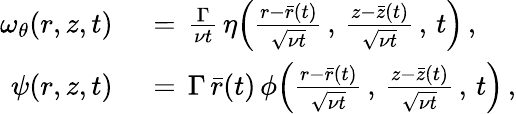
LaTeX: \begin{array}{rl}{\omega_{\theta}(r,z,t)\, }&{{}=\, \frac{\Gamma}{\nu t}\, \eta\Bigl(\frac{r-\bar{r}(t)}{\sqrt{\nu t}}\, ,\, \frac{z-\bar{z}(t)}{\sqrt{\nu t}}\, ,\, t\Bigr)\, ,}\\ {\psi(r,z,t)\, }&{{}=\, \Gamma\, \bar{r}(t)\, \phi\Bigl(\frac{r-\bar{r}(t)}{\sqrt{\nu t}}\, ,\, \frac{z-\bar{z}(t)}{\sqrt{\nu t}}\, ,\, t\Bigr)\, ,}\end{array}